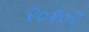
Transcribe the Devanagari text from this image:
२०१०२